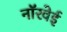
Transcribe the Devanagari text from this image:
नॉरवेई